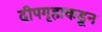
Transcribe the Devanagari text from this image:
दीपगृहाकडून